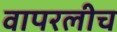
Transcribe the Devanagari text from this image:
वापरलीच